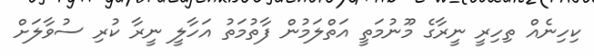
ކިހިނެއް ތިހިރީ ނީރާގެ މޫނުމަތީ އަތްލަމުން ފާތުމަތު އަހާލީ ނީރާ ކުރި ސުވާލަށް